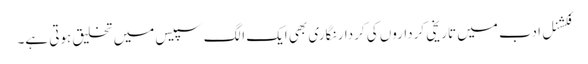
فکشنل ادب میں تاریخی کرداروں کی کردار نگاری بھی ایک الگ سپیس میں تخلیق ہوتی ہے۔